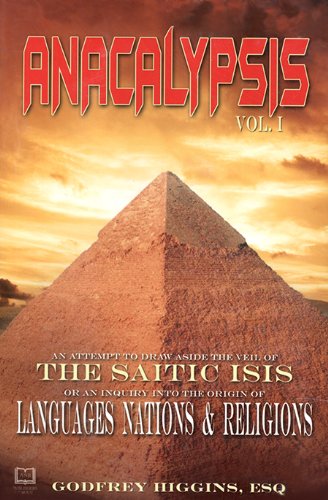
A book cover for Anacalypsis - The Saitic Isis: Languages Nations and Religions (v. 1 & 2); Godfrey Higgins; Literature & Fiction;